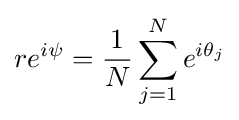
re^{i\psi }={\frac {1}{N}}\sum _{j=1}^{N}e^{i\theta _{j}}